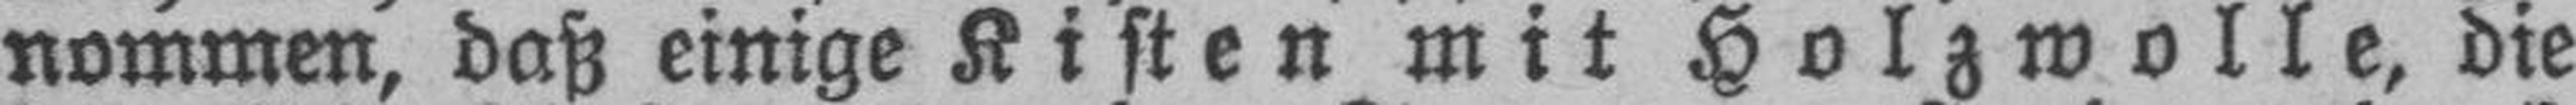
nommen, daß einige Kisten mit Holzwolle, die